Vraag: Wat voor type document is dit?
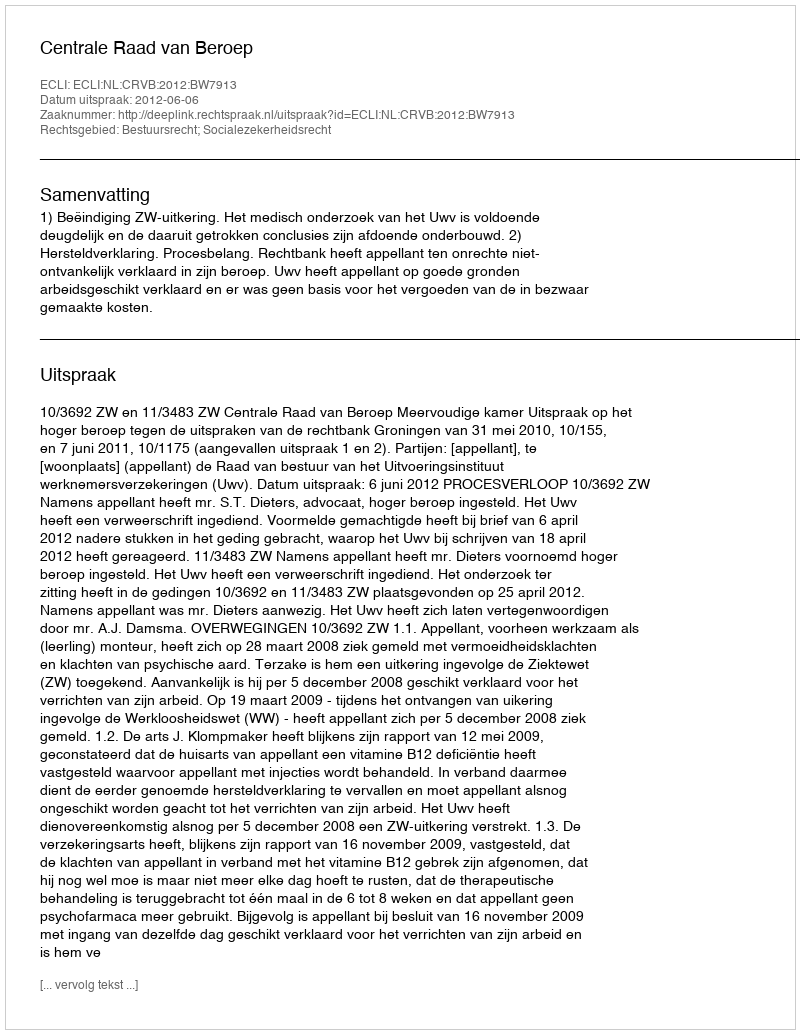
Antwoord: Uitspraak